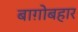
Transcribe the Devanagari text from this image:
बाग़ोबहार